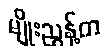
မျိုးညွန့်က